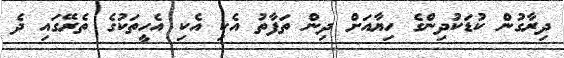
ދިރާގުން ކުޑަކުދިންގެ ހިޔާއަށް ދިން ތަފާތު އެކި އެކި އެހީތަކުގެ ތެރޭގައި ދެ